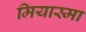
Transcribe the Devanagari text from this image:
मियास्मा